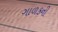
ગાળકની